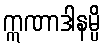
ဣဏာဒါနမ္ပိ